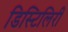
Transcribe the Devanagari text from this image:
डिस्टिलिरी